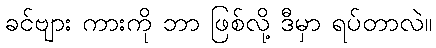
ခင်ဗျား ကားကို ဘာ ဖြစ်လို့ ဒီမှာ ရပ်တာလဲ။